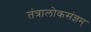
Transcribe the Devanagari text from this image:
तंत्रालोकसंज्ञम्